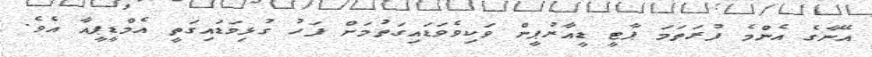
އޭނާގެ އެންމެ ފުރަތަމަ ޕާޓީ ޑީއާރުޕީން ވަކިވެވަޑައިގަތުމަށް ފަހު ގުޅިވަޑައިގަތީ އެމްޑީޕީއާ އެވެ.